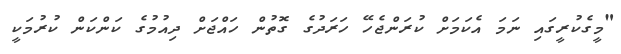
"މީގެކުރީގައި ނަމަ އެކަމަށް ކުރަންޖެހޭ ހަރަދުގެ ގޮތުން ހައްޖަށް ދިއުމުގެ ކަންކަން ކުރުމަކީ